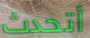
أتحدث